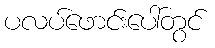
ပလပ်ဖောင်းပေါ်တွင်